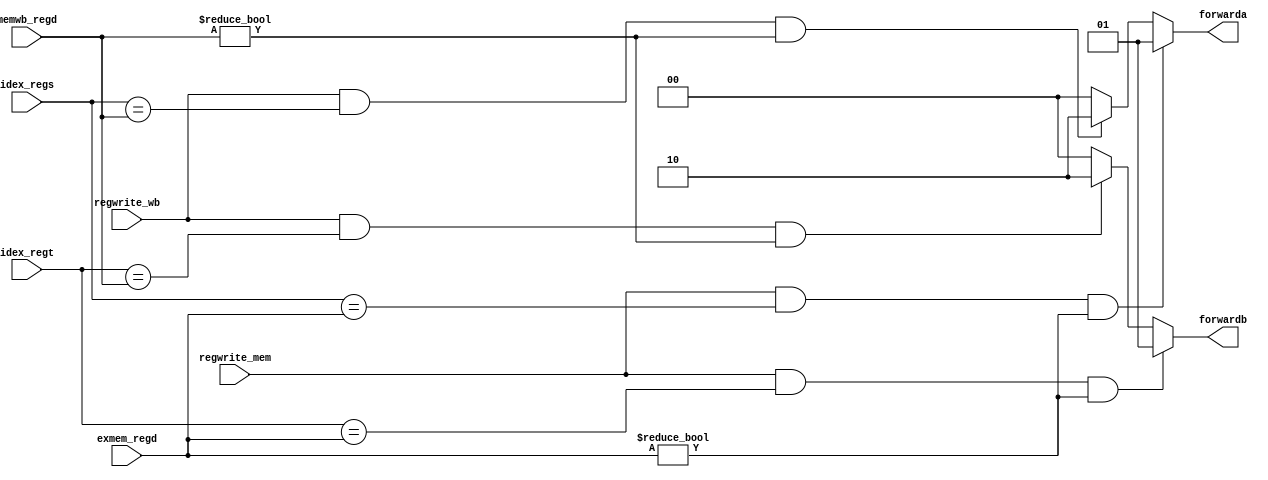
// 0516244 TAY CHUN KEAT
module Forwarding_Unit(
            regwrite_mem,
            regwrite_wb,
            idex_regs,
            idex_regt,
            exmem_regd,
            memwb_regd,
            forwarda,
            forwardb
);

input       regwrite_mem;
input       regwrite_wb;
input [4:0] idex_regs;
input [4:0] idex_regt;
input [4:0] exmem_regd;
input [4:0] memwb_regd;
output [1:0] forwarda;
output [1:0] forwardb;

reg [1:0] forwarda;
reg [1:0] forwardb;

always@(*) begin
    if(regwrite_mem == 1'b1 && idex_regs == exmem_regd && exmem_regd != 5'd0)
        forwarda <= 2'b01;
    else if(regwrite_wb == 1'b1 && idex_regs == memwb_regd && memwb_regd != 5'd0)
        forwarda <= 2'b10;
    else
        forwarda <= 2'b00;

    if(regwrite_mem == 1'b1 && idex_regt == exmem_regd && exmem_regd != 5'd0)
        forwardb <= 2'b01;
    else if(regwrite_wb == 1'b1 && idex_regt == memwb_regd && memwb_regd != 5'd0)
        forwardb <= 2'b10;
    else
        forwardb <= 2'b00;
end
endmodule